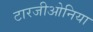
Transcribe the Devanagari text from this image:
टारजीओनिया